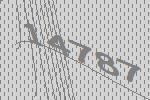
14787